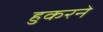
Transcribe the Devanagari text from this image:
हुकरने